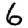
Digit: 6